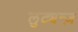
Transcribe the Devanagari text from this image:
लुट्यन्ज़